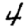
Digit: 4